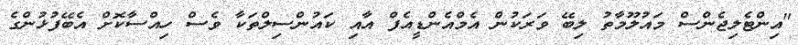
"އިންޓެލިޖެންސް މައުލޫމާތު ލިބޭ ވަރަކުން އެމްއެންޑީއެފް އާއި ކައުންސިލްތަކާ ވެސް ހިއްސާކޮށް އެބޭފުޅުންގެ